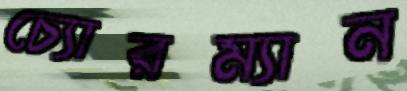
চ্যোরম্যান